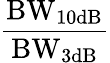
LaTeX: \mathrm{\frac{BW_{10dB}}{BW_{3dB}}}